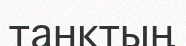
танктың